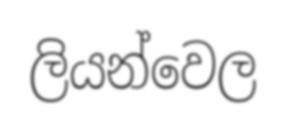
ලියන්වෙල